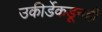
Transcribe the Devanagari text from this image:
उकीर्डेकडूनही